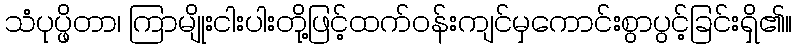
သံပုပ္ဖိတာ၊ ကြာမျိုးငါးပါးတို့ဖြင့်ထက်ဝန်းကျင်မှကောင်းစွာပွင့်ခြင်းရှိ၏။